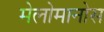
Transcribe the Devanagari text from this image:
मेलोमानोस